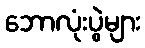
ဘောလုံးပွဲများ